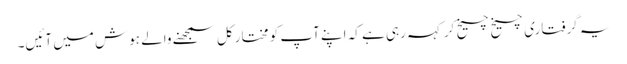
یہ گرفتاری چیخ چیخ کر کہہ رہی ہے کہ اپنے آپ کو مختار کل سمجھنے والے ہوش میں آئیں۔